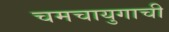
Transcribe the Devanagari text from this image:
चमचायुगाची